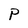
Character: P